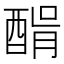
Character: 𨡠